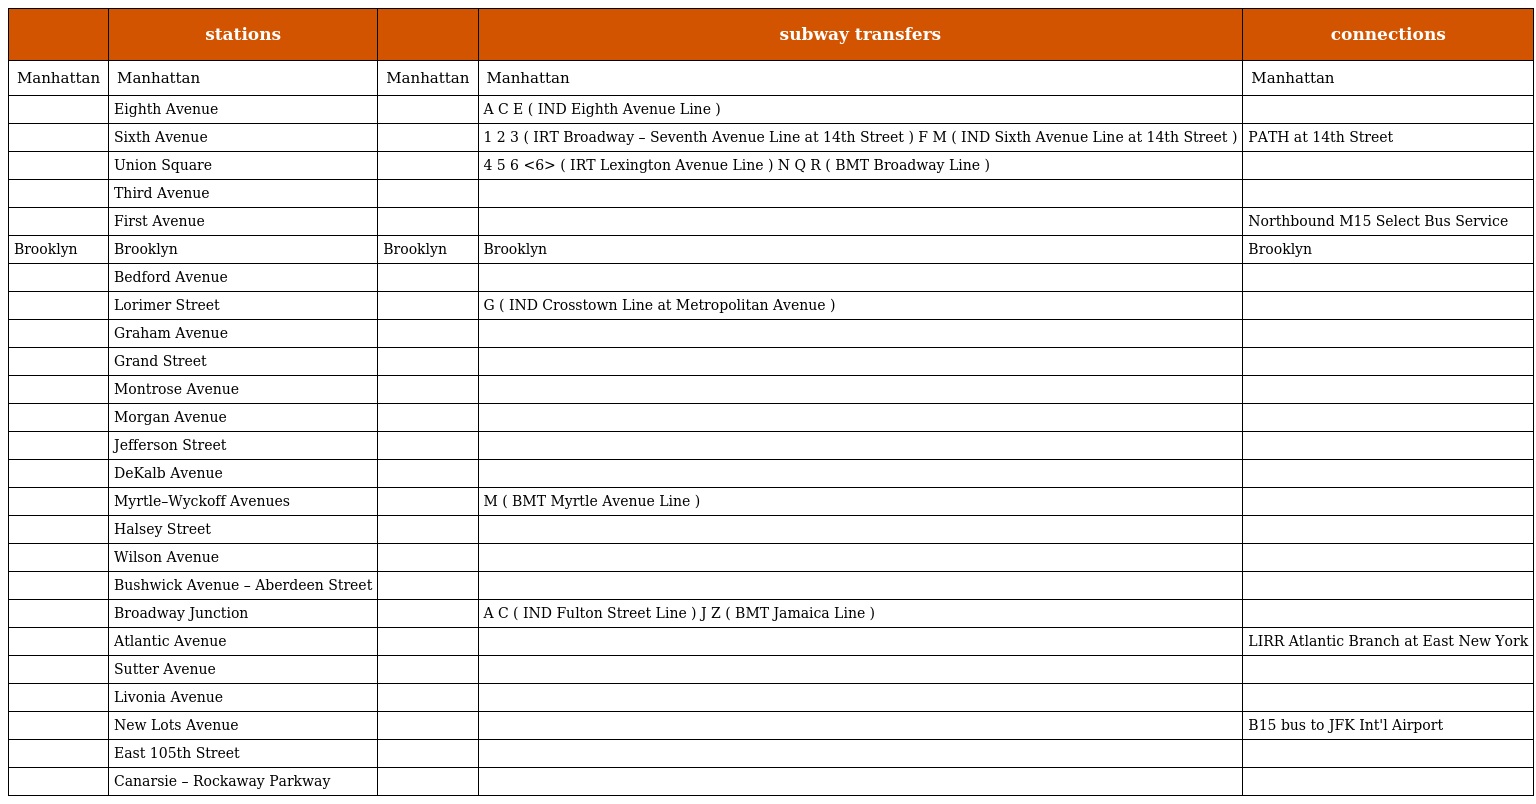
|  | stations |  | subway transfers | connections |
 | --- | --- | --- | --- | --- |
 | Manhattan | Manhattan | Manhattan | Manhattan | Manhattan |
 |  | Eighth Avenue |  | A C E ( IND Eighth Avenue Line ) |  |
 |  | Sixth Avenue |  | 1 2 3 ( IRT Broadway – Seventh Avenue Line at 14th Street ) F M ( IND Sixth Avenue Line at 14th Street ) | PATH at 14th Street |
 |  | Union Square |  | 4 5 6 <6> ( IRT Lexington Avenue Line ) N Q R ( BMT Broadway Line ) |  |
 |  | Third Avenue |  |  |  |
 |  | First Avenue |  |  | Northbound M15 Select Bus Service |
 | Brooklyn | Brooklyn | Brooklyn | Brooklyn | Brooklyn |
 |  | Bedford Avenue |  |  |  |
 |  | Lorimer Street |  | G ( IND Crosstown Line at Metropolitan Avenue ) |  |
 |  | Graham Avenue |  |  |  |
 |  | Grand Street |  |  |  |
 |  | Montrose Avenue |  |  |  |
 |  | Morgan Avenue |  |  |  |
 |  | Jefferson Street |  |  |  |
 |  | DeKalb Avenue |  |  |  |
 |  | Myrtle–Wyckoff Avenues |  | M ( BMT Myrtle Avenue Line ) |  |
 |  | Halsey Street |  |  |  |
 |  | Wilson Avenue |  |  |  |
 |  | Bushwick Avenue – Aberdeen Street |  |  |  |
 |  | Broadway Junction |  | A C ( IND Fulton Street Line ) J Z ( BMT Jamaica Line ) |  |
 |  | Atlantic Avenue |  |  | LIRR Atlantic Branch at East New York |
 |  | Sutter Avenue |  |  |  |
 |  | Livonia Avenue |  |  |  |
 |  | New Lots Avenue |  |  | B15 bus to JFK Int'l Airport |
 |  | East 105th Street |  |  |  |
 |  | Canarsie – Rockaway Parkway |  |  |  |